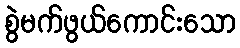
စွဲမက်ဖွယ်ကောင်းသော